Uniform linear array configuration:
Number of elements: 24
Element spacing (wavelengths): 0.5
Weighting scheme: exponential
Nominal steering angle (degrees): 30
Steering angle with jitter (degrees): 30.339
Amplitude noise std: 0.05
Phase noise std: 0.05

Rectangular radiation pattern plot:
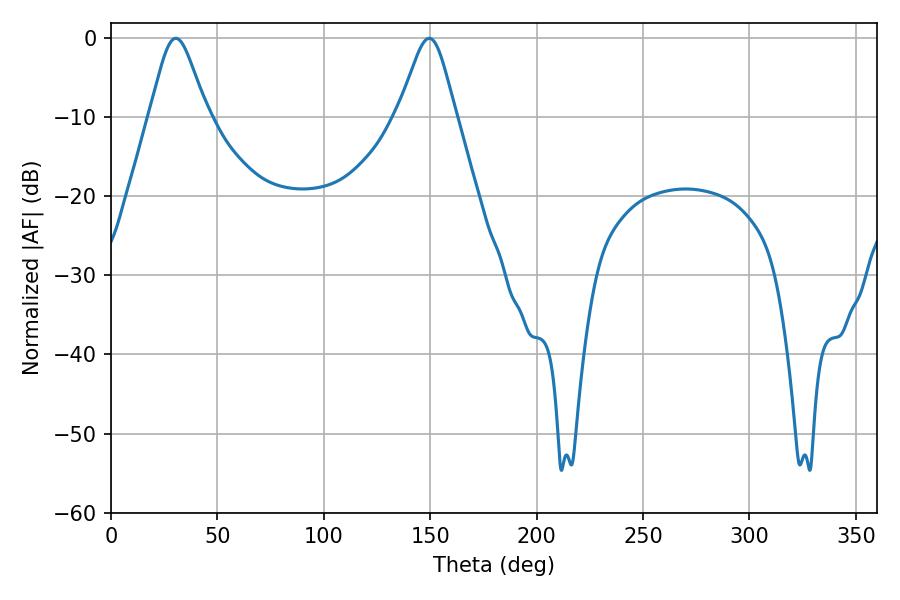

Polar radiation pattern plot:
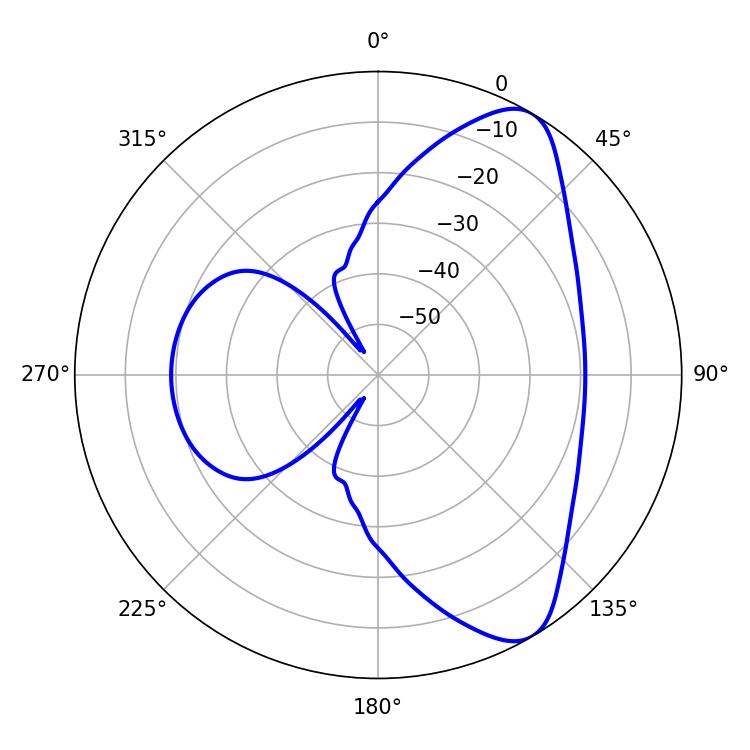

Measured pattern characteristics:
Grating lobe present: FALSE
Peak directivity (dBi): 8.251
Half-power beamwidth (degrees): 13.32
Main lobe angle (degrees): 30.42